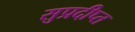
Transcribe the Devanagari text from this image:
सुप्रदीप्त